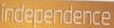
independence